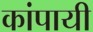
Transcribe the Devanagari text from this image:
कांपायी